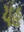
યહ